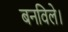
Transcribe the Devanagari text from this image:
बनविले।